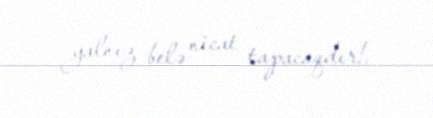
yalnız belə nicat tapacaqdır!.